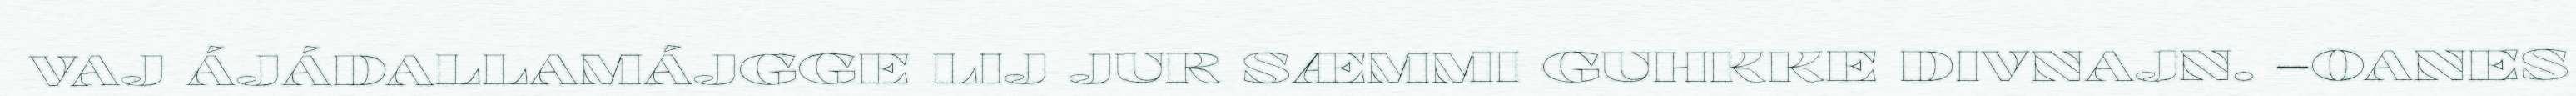
VAJ ÁJÁDALLAMÁJGGE LIJ JUR SÆMMI GUHKKE DIVNAJN. –OANES